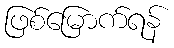
ဖြစ်မြောက်ရန်